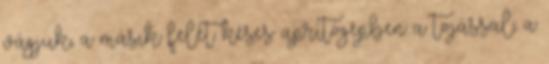
vágjuk, a másik felét késes aprítógépben a tojással, a